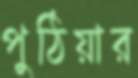
পুঠিয়ার